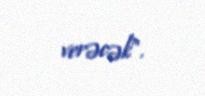
verəcək”.